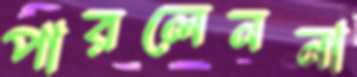
পারলেননা